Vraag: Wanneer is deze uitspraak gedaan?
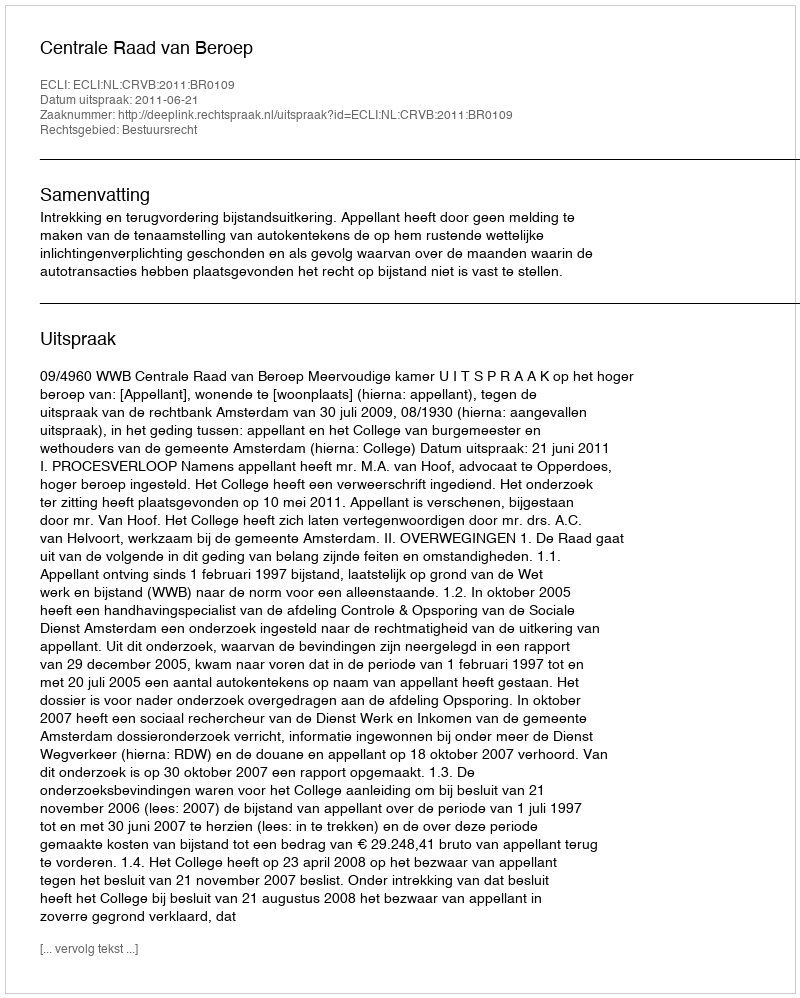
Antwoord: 2011-06-21